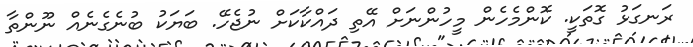
ރަނގަޅު ގޮތަކީ. ކޮންމެހެން މީހުންނަށް އޭތި ދައްކާކަށް ނުޖެހޭ. ބަޔަކު ބުނެގެނެއް ނޫންތާ